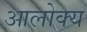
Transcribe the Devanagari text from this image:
आलोक्य